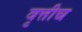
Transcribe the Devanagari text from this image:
वृत्तीच